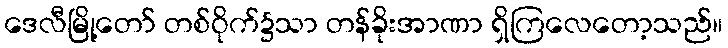
ဒေလီမြို့တော် တစ်ဝိုက်၌သာ တန်ခိုးအာဏာ ရှိကြလေတော့သည်။